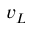
v _ { L }